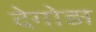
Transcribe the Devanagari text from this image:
देगोड़ा